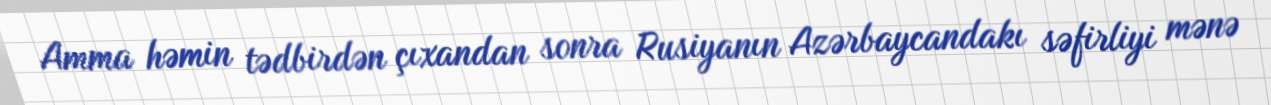
Amma həmin tədbirdən çıxandan sonra Rusiyanın Azərbaycandakı səfirliyi mənə